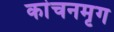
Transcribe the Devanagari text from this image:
कांचनमृग